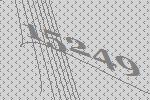
15249